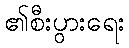
၏စီးပွားရေး